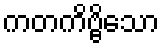
ကတကိဗ္ဗိသော